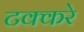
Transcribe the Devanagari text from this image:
टक्करे